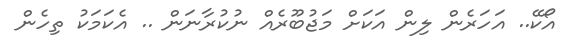
އޯކޭ.. އަހަރެން ލިން އަކަށް މަޖުބޫރެއް ނުކުރާނަން .. އެކަމަކު ތިހެން